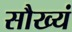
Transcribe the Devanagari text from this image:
सौख्यं